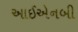
આઈએનબી